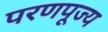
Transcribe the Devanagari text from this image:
परणपूज्य